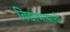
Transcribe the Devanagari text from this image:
विद्याभासाची